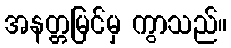
အနတ္တမြင်မှ ကွာသည်။